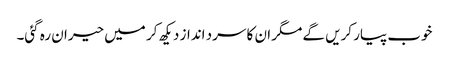
خوب پیار کریں گے مگر ان کا سرد انداز دیکھ کر میں حیران رہ گئی۔